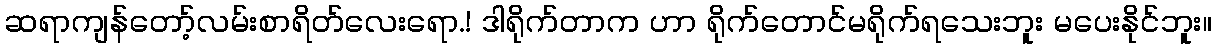
ဆရာကျန်တော့်လမ်းစာရိတ်လေးရော.! ဒါရိုက်တာက ဟာ ရိုက်တောင်မရိုက်ရသေးဘူး မပေးနိုင်ဘူး။